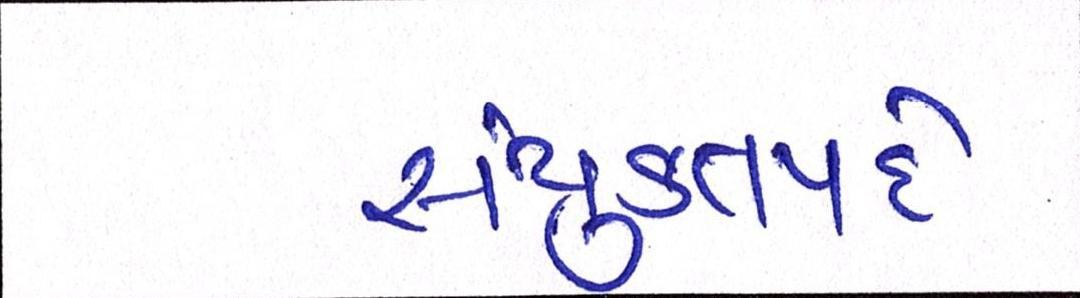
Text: સંયુક્તપદે